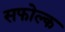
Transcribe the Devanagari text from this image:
सफोल्क